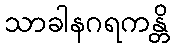
သာခါနဂရကန္တိ